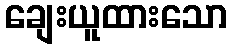
ချေးယူထားသော